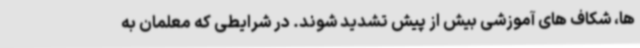
ها، شکاف های آموزشی بیش از پیش تشدید شوند. در شرایطی که معلمان به